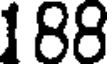
188